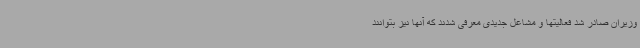
وزیران صادر شد فعالیتها و مشاغل جدیدی معرفی شدند که آنها نیز بتوانند